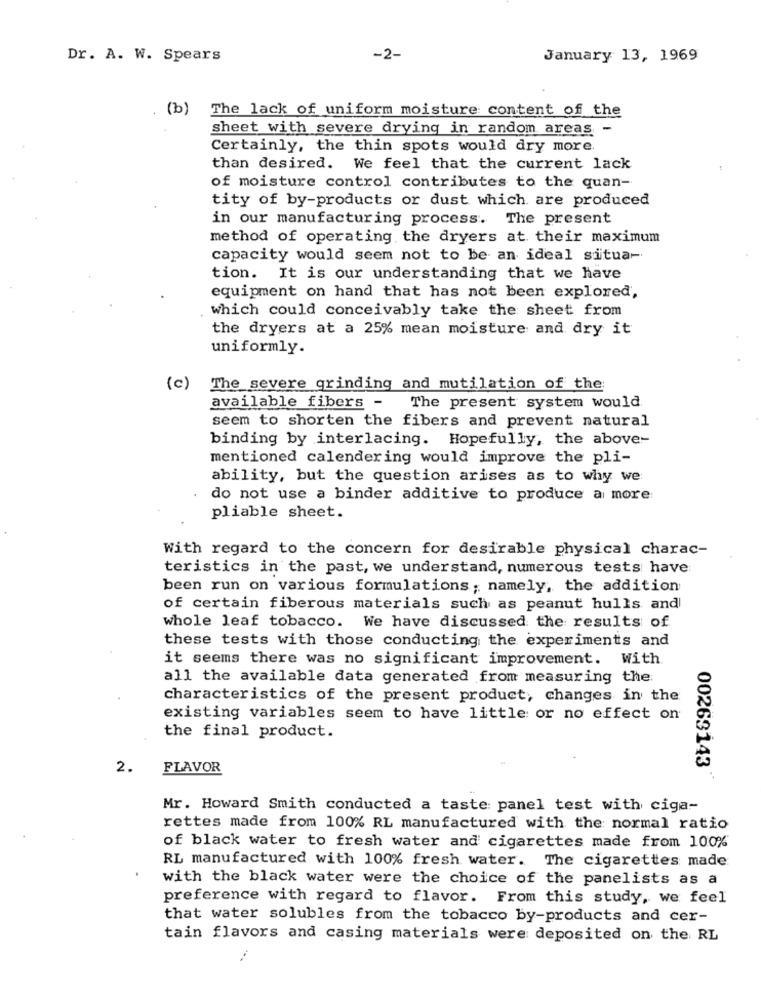
Dr. A. W. Spears
-2-
January 13, 1969
(b) The lack of uniform moisture content of the
sheet with severe drying in random areas -
Certainly, the thin spots would dry more.
than desired. We feel that the current lack
of moisture control contributes to the quan-
tity of by-products or dust which are produced
in our manufacturing process. The present
method of operating the dryers at their maximum
capacity would seem not to be an ideal situa-
tion. It is our understanding that we have
equipment on hand that has not been explored,
which could conceivably take the sheet from
the dryers at a 25% mean moisture and dry it
uniformly.
(c)
The severe grinding and mutilation of the
available fibers - The present system would
seem to shorten the fibers and prevent natural
binding by interlacing. Hopefully, the above-
mentioned calendering would improve the pli-
ability, but the question arises as to why we
do not use a binder additive to produce a more
pliable sheet.
With regard to the concern for desirable physical charac-
teristics in the past, we understand, numerous tests have
been run on various formulations; namely, the addition
of certain fiberous materials such as peanut hulls and
whole leaf tobacco. We have discussed the results of
these tests with those conducting the experiments and
it seems there was no significant improvement. With
all the available data generated from measuring the:
characteristics of the present product, changes in the
existing variables seem to have little or no effect on
the final product.
2.
FLAVOR
00263143"
Mr. Howard Smith conducted a taste panel test with ciga-
rettes made from 100% RL manufactured with the normal ratio
of black water to fresh water and cigarettes made from 100%
RL manufactured with 100% fresh water. The cigarettes made
with the black water were the choice of the panelists as a
preference with regard to flavor. From this study, we feel
that water solubles from the tobacco by-products and cer-
tain flavors and casing materials were deposited on the RL